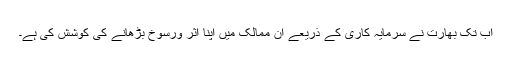
اب تک بھارت نے سرمایہ کاری کے ذریعے ان ممالک میں اپنا اثر ورسوخ بڑھانے کی کوشش کی ہے۔